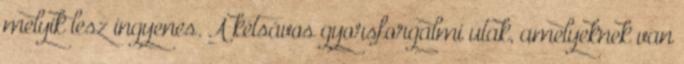
melyik lesz ingyenes. A kétsávos gyorsforgalmi utak, amelyeknek van